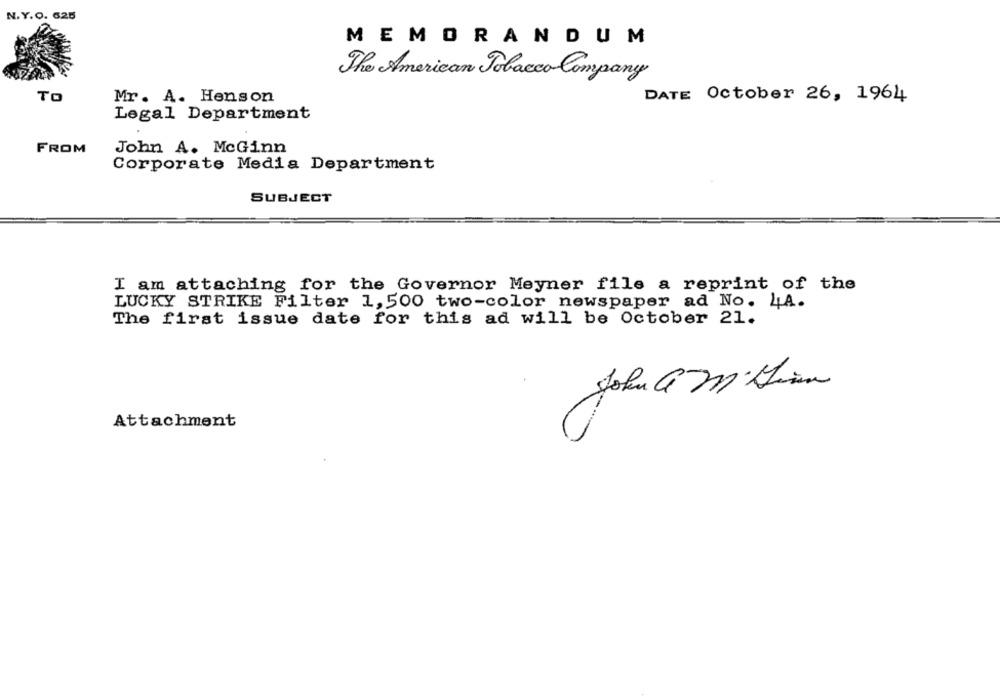
N.Y.O. 625
MEMORANDUM
The American Tobacco Company
TO
Mr. A. Henson
DATE October 26, 1964
Legal Department
FROM
John A. McGinn
Corporate Media Department
SUBJECT
I am attaching for the Governor Meyner file a reprint of the
LUCKY STRIKE Filter 1,500 two-color newspaper ad No. 4A.
The first issue date for this ad will be October 21.
John G M' Dann
Attachment